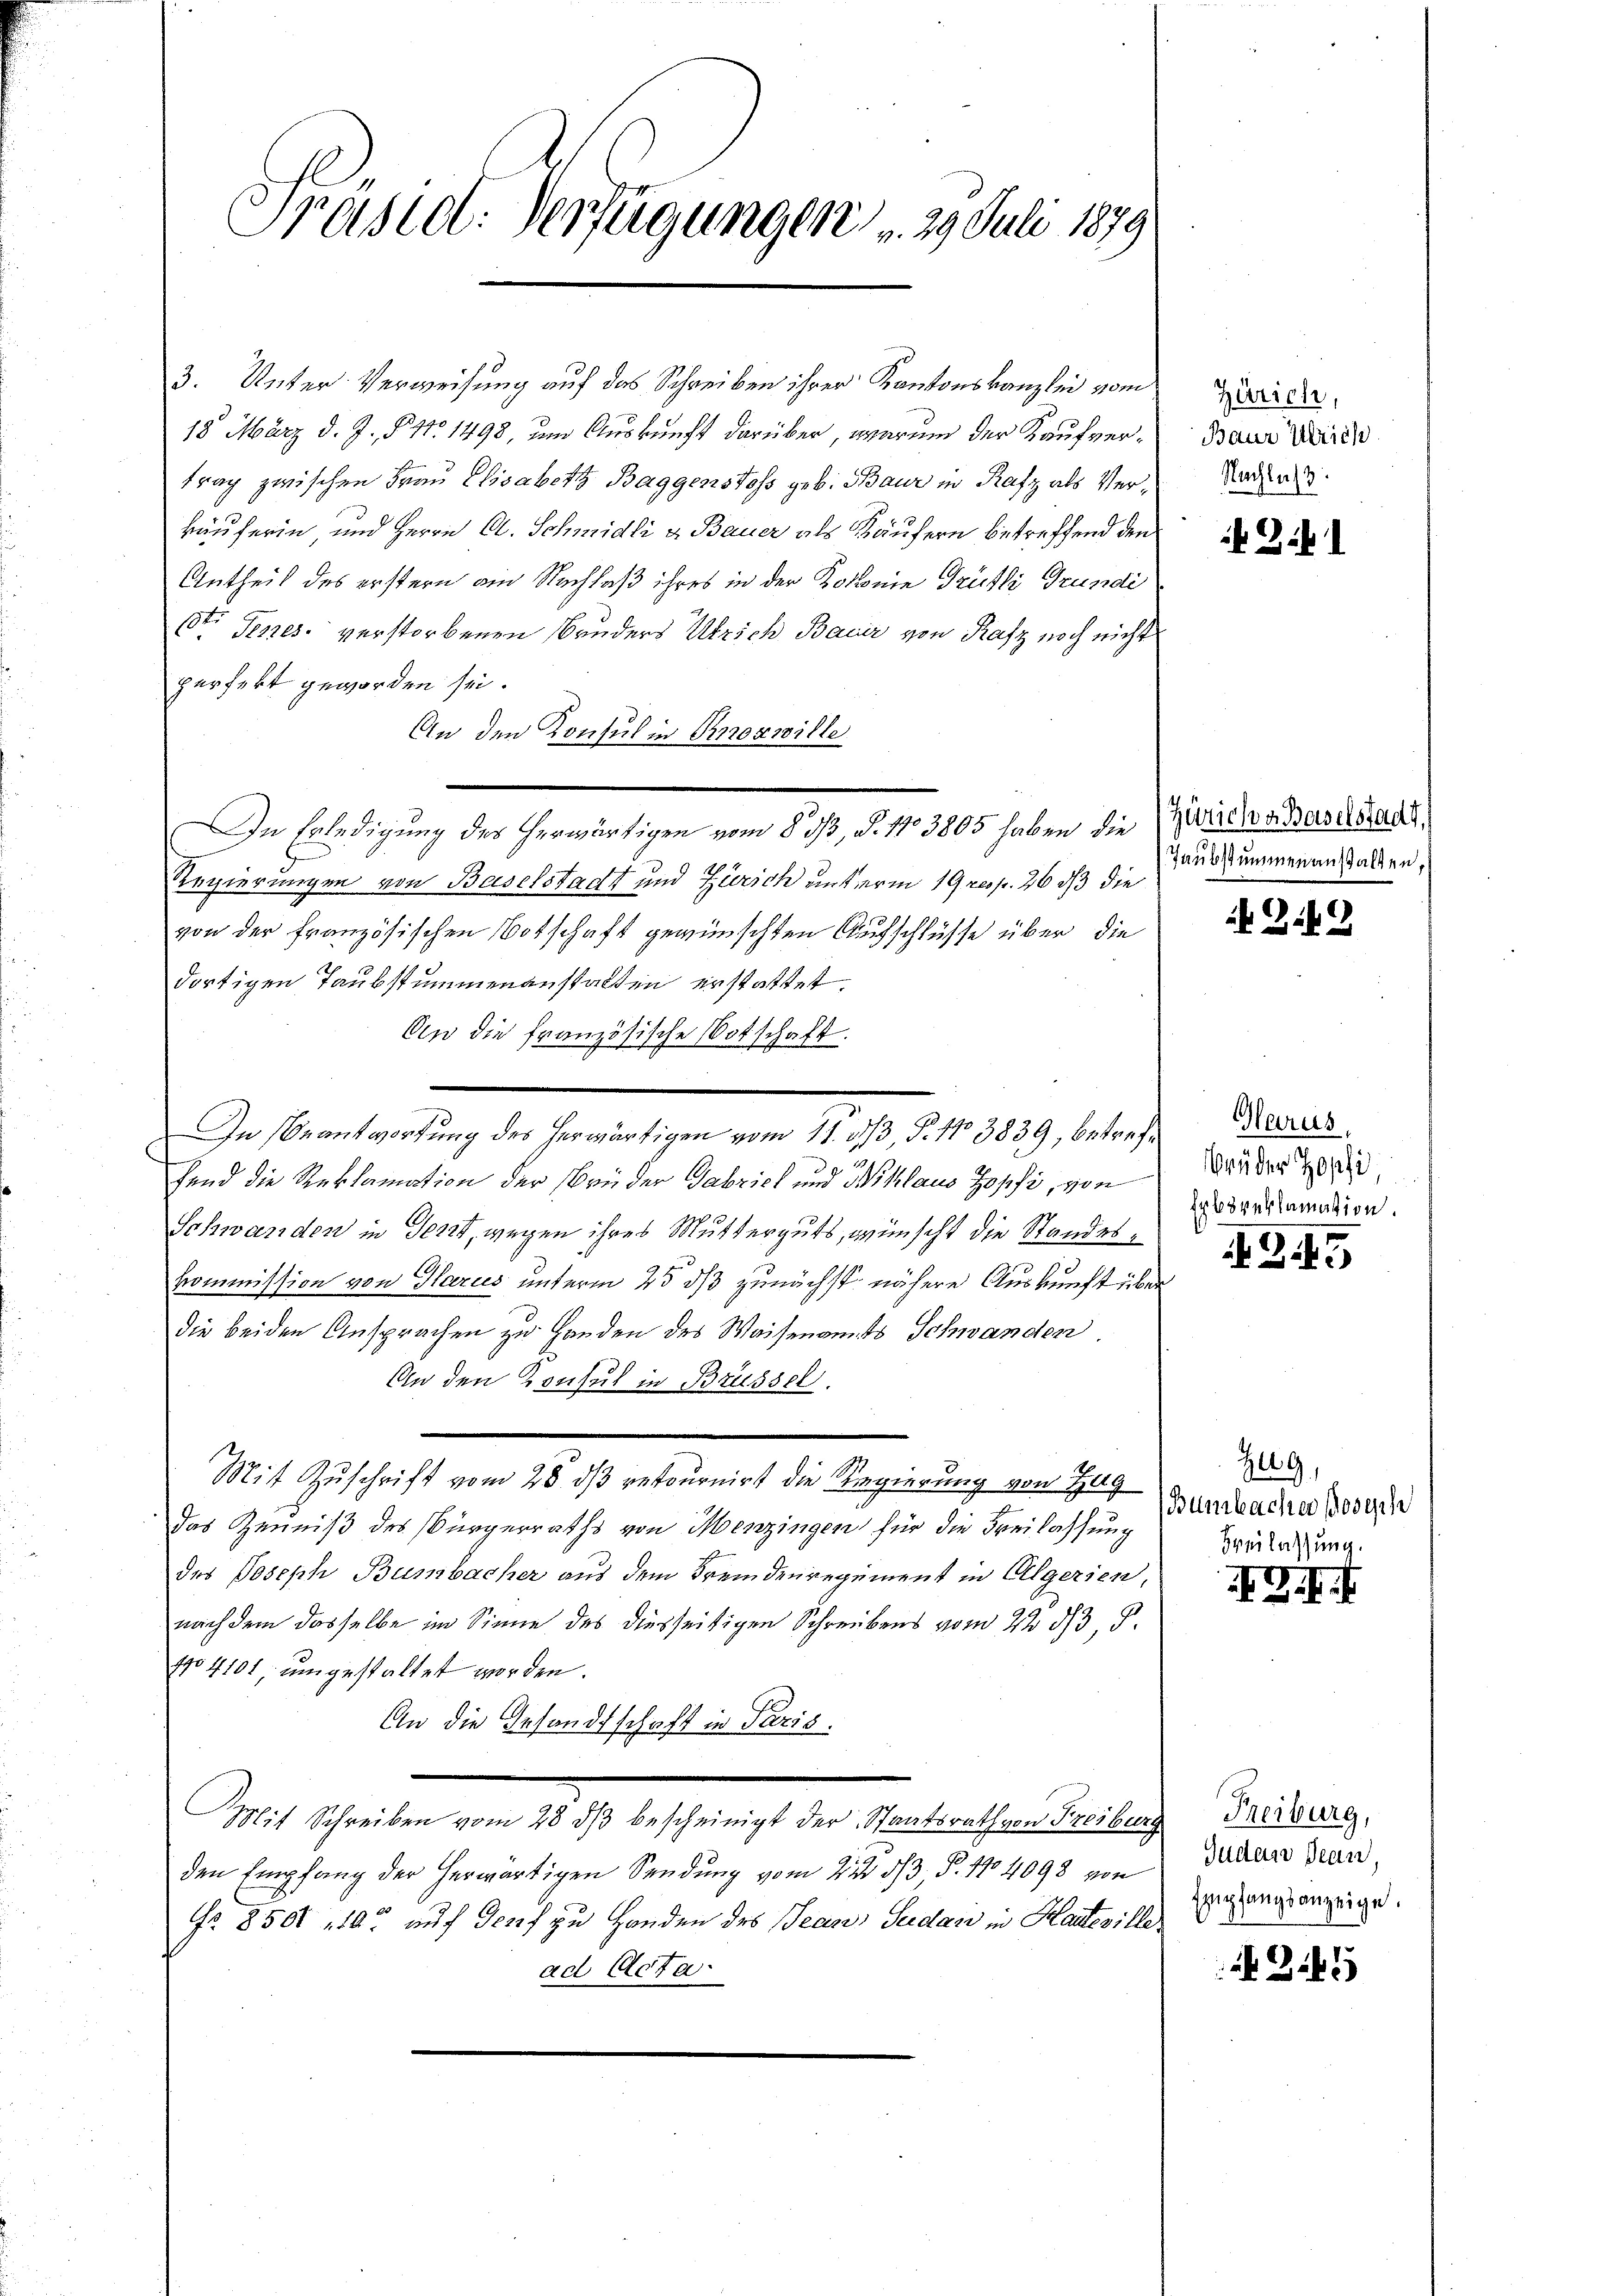
Präsid. Verfügungen . 29 Juli 1879.

3. Unter Verweisung auf das Schreiben ihrer Kantonskanzlei vom
18. März d. J., § 41. 1498, um Auskunft darüber, warum der Kaufvertrag zwischen Frau Elisabeth Baggenstoss geb. Baur in Rafz als Verkäuferin und Herrn A. Schmidli & Bauer als Käufern betreffend den
Antheil des erstern am Nachlaß ihres in der Kolonie Trülli Grundi
str. Genes verstorbenen Bruders Ulrich Bauer von Rafz noch nicht
perfekt geworden sei.
An den Konsul in Knozwille
In Erledigung des herwärtigen vom 8. 313, S. 103805 haben die
Regierungen von Baselstadt und Zürich unterm 19 resp. 26 dß die
von der französischen Botschaft gewünschten Aufschlüsse über die
dortigen Taubstummenanstalten erstattet.
An die französische Botschaft
In Beantwortung des herwärtigen vom 15. dß, P. No 3839, betreffend die Reklamation der Brüder Gabrich und Willaus Zopfi, von
Schwanden in Text, wegen ihres Mutterguts, wünscht die Standeskommission von Glarus unterm 25 ds zunächst nähere Auskunft übe
die beiden Ansprachen zu Handen des Waisenamts Schwanden
An den Konsul in Brüssel
Mit Zuschrift vom 28. ds retournirt die Regierung von Zug
das Geniß des Bürgerraths von Menzingen für die Freilassung
des Joseph Bumbacher aus dem Fremdenregument in Algerien,
nach dem dasselbe im Sinne des diesseitigen Schreibens vom 22. d. 3 S.
104101 umgestaltet worden.
An die Gesandtschaft in Paris.
Mit Schreiben vom 28. dβ bescheinigt der Staatsrath von Freiber
den Empfang der herwärtigen Sendung vom 22. d. P. 114098 von
Nr. 850 10 auf Genf zu Handen des Jean Sudan in Hanteville
ad Acta.

Zürich,
Baur Ulrich
Nachlass

o

Gil

Zürich v. Baselstadt,
Taubstummenanstalten,

Z.49

Glarus,
Brüder Hopfi,
Erböreklamation.

245

Zug,
Bünzbacher Josephe
Beilassung.

Gf.

Freiburg,
Judan Jean
Empfangsanzeige.